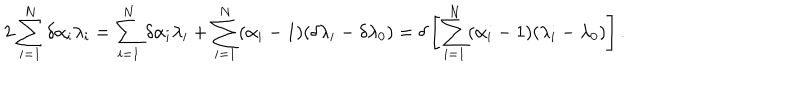
LaTeX: 2 \sum _ { i = 1 } ^ { N } \delta \alpha _ { i } \lambda _ { i } = \sum _ { i = 1 } ^ { N } \delta \alpha _ { i } \lambda _ { i } + \sum _ { i = 1 } ^ { N } ( \alpha _ { i } - 1 ) ( \delta \lambda _ { i } - \delta \lambda _ { 0 } ) = \delta \left[ \sum _ { i = 1 } ^ { N } ( \alpha _ { i } - 1 ) ( \lambda _ { i } - \lambda _ { 0 } ) \right] .